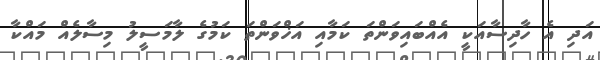
އަދި އެ ހާދިސާއަކީ އެއްބައިވަންތަ ކަމާއި އަޚްވަންތަ ކަމުގެ ލާމަސީލު މިސާލެއް މައްކާ